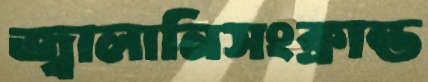
জ্বালানিসংক্রান্ত